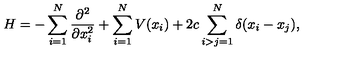
H = - \sum _ { i = 1 } ^ { N } \frac { \partial ^ { 2 } } { \partial x _ { i } ^ { 2 } } + \sum _ { i = 1 } ^ { N } V ( x _ { i } ) + 2 c \sum _ { i > j = 1 } ^ { N } \delta ( x _ { i } - x _ { j } ) ,